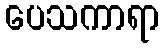
ပေသကာရာ